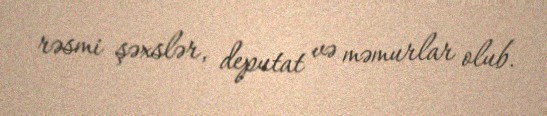
rəsmi şəxslər, deputat və məmurlar olub.